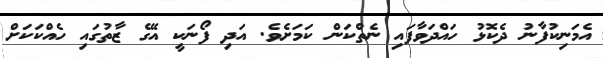
އެމަނިކުފާނު ދެކޮޅު ހައްދަވާފައި ނެތްކަން ކަމަށެވެ. އަދި ފޯނަކީ އޭގެ ޒާތުގައި ހެއްކަކަށް